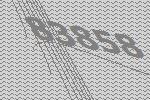
83858